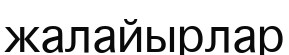
жалайырлар